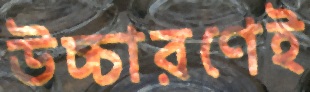
উচ্চারণেই